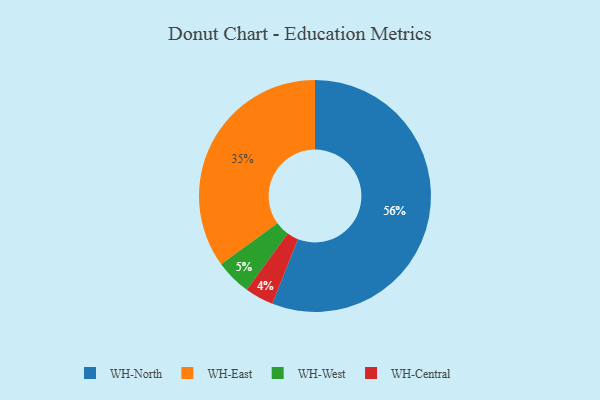
{"axis": {"x": "Category", "y": "Percentage"}, "legend": ["WH-Central", "WH-East", "WH-North", "WH-West"], "data": [{"x": "WH-Central", "y": 4, "type": "WH-Central"}, {"x": "WH-West", "y": 5, "type": "WH-West"}, {"x": "WH-North", "y": 56, "type": "WH-North"}, {"x": "WH-East", "y": 35, "type": "WH-East"}]}